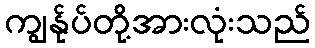
ကျွန်ုပ်တို့အားလုံးသည်